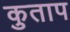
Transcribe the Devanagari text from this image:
कुताप